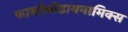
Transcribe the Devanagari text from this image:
फार्माकोडायनामिक्स